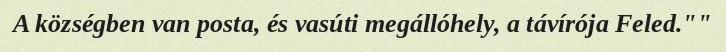
A községben van posta, és vasúti megállóhely, a távírója Feled.""